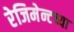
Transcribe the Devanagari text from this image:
रेजिमेन्टच्या